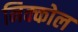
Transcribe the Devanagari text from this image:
निक्कोल